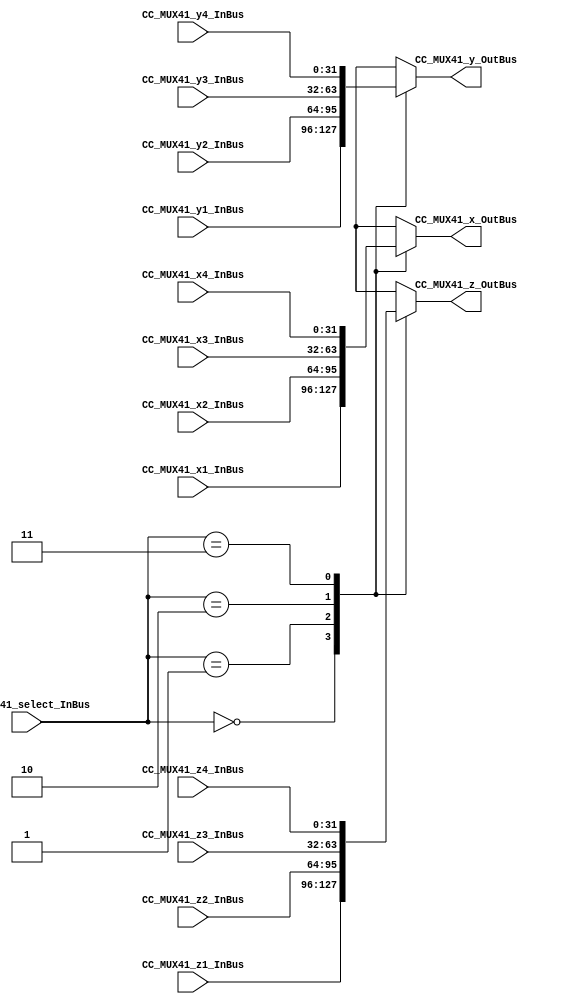
//=======================================================
//  MODULE Definition
//=======================================================
module CC_MUX41
(
//////////// OUTPUTS //////////
	CC_MUX41_x_OutBus,
	CC_MUX41_y_OutBus,
	CC_MUX41_z_OutBus,
	
//////////// INPUTS //////////
	CC_MUX41_x1_InBus,
	CC_MUX41_x2_InBus,
	CC_MUX41_x3_InBus,
	CC_MUX41_x4_InBus,
	
	CC_MUX41_y1_InBus,
	CC_MUX41_y2_InBus,
	CC_MUX41_y3_InBus,
	CC_MUX41_y4_InBus,
	
	CC_MUX41_z1_InBus,
	CC_MUX41_z2_InBus,
	CC_MUX41_z3_InBus,
	CC_MUX41_z4_InBus,
	
	CC_MUX41_select_InBus
);

//=======================================================
//  PARAMETER declarations
//=======================================================

//=======================================================
//  PORT declarations
//=======================================================
output [31:0]	CC_MUX41_x_OutBus;
output [31:0]	CC_MUX41_y_OutBus;
output [31:0]	CC_MUX41_z_OutBus;

input [31:0]	CC_MUX41_x1_InBus;
input [31:0]	CC_MUX41_x2_InBus;
input [31:0]	CC_MUX41_x3_InBus;
input [31:0]	CC_MUX41_x4_InBus;
	
input [31:0]	CC_MUX41_y1_InBus;
input [31:0]	CC_MUX41_y2_InBus;
input [31:0]	CC_MUX41_y3_InBus;
input [31:0]	CC_MUX41_y4_InBus;

input [31:0]	CC_MUX41_z1_InBus;
input [31:0]	CC_MUX41_z2_InBus;
input [31:0]	CC_MUX41_z3_InBus;
input [31:0]	CC_MUX41_z4_InBus;
	
input [1:0]		CC_MUX41_select_InBus;

//=======================================================
//  REG/WIRE declarations
//=======================================================
reg [31:0] x;
reg [31:0] y;
reg [31:0] z;

//=======================================================
//  Structural coding
//=======================================================

always @(*)
begin
	case(CC_MUX41_select_InBus)
	
		2'b00: begin
				  x = CC_MUX41_x1_InBus; 
				  y = CC_MUX41_y1_InBus; 
				  z = CC_MUX41_z1_InBus;
				  end
				  
		2'b01: begin
				  x = CC_MUX41_x2_InBus; 
				  y = CC_MUX41_y2_InBus; 
				  z = CC_MUX41_z2_InBus;
				  end
				  
		2'b10: begin
				  x = CC_MUX41_x3_InBus; 
				  y = CC_MUX41_y3_InBus; 
				  z = CC_MUX41_z3_InBus;
				  end
				  
		2'b11: begin
				  x = CC_MUX41_x4_InBus; 
				  y = CC_MUX41_y4_InBus; 
				  z = CC_MUX41_z4_InBus;
				  end
				  
		default: begin
				  x = CC_MUX41_x1_InBus; 
				  y = CC_MUX41_y1_InBus; 
				  z = CC_MUX41_z1_InBus;
				  end
		
	endcase;
end

assign CC_MUX41_x_OutBus = x;
assign CC_MUX41_y_OutBus = y;
assign CC_MUX41_z_OutBus = z;

endmodule